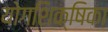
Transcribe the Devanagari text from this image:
योगशिक्षिका